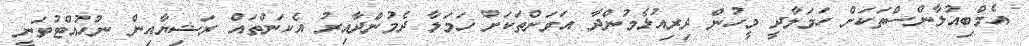
އެމްބިއުލާންސްތަކަށް ހަމަލާދީ މީހުން ދިރިއުޅެމުންދާ އަވަށްތަކަށް ހަމަލާ ދެމުންދާއިރު އެކަންތައް ރަޝިޔާއިން ނުހުއްޓުވަނީ